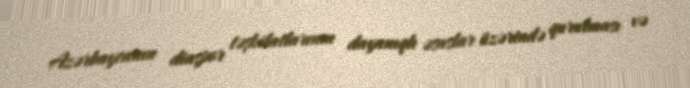
Azərbaycanın diaspor təşkilatlarının dayanıqlı əsaslar üzərində qurulması və